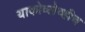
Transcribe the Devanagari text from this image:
याकोव्लेव्हीच